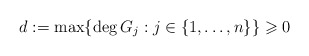
\begin{align*} d := \max\{\deg G_j : j \in \{1,\ldots,n\}\} \geqslant 0\end{align*}